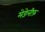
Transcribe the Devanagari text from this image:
मेडेलीफ़